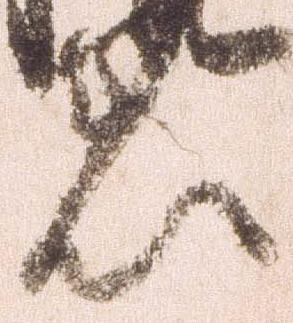
着